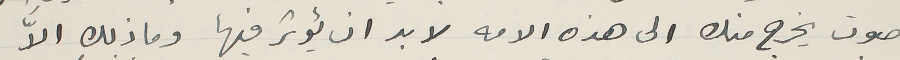
صوت يخرج منك الى هذه الامه لا بد ان يؤثر فيها وما ذلك الاَّ